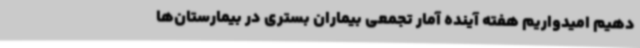
دهیم امیدواریم هفته آینده آمار تجمعی بیماران بستری در بیمارستان‌ها